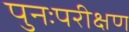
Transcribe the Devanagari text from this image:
पुनःपरीक्षण